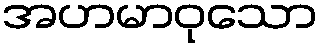
အဟမာဝုသော